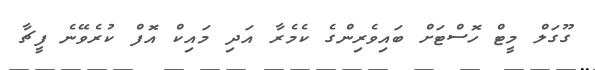
ގޫގަލް މީޓް ހޮސްޓަށް ބައިވެރިންގެ ކެމެރާ އަދި މައިކް އޮފް ކުރެވޭނެ ފީޗާ